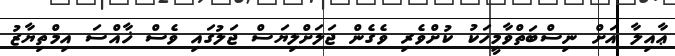
ޢާއިލާ އަށް ނިސްބަތްވާމީހަކު ކުށްވެރި ވެގެން ޖަލަށްލިޔަސް ޖަލުގައި ވެސް ޚާއްސަ އިމްތިޔާޒު